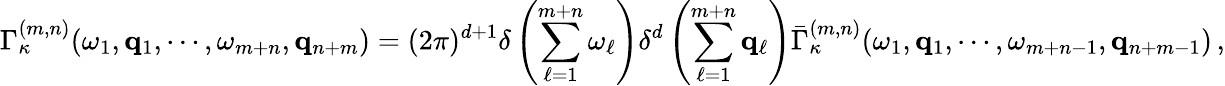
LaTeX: \Gamma_{\kappa}^{(m,n)}(\omega_{1},{\mathbf q}_{1},\cdots,\omega_{m+n},{\mathbf q}_{n+m})=(2\pi)^{d+1}\delta\left(\sum_{\ell=1}^{m+n}\omega_{\ell}\right)\delta^{d}\left(\sum_{\ell=1}^{m+n}{\mathbf q}_{\ell}\right)\bar{\Gamma}_{\kappa}^{(m,n)}(\omega_{1},{\mathbf q}_{1},\cdots,\omega_{m+n-1},{\mathbf q}_{n+m-1})\, ,